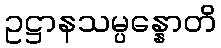
ဥဋ္ဌာနသမ္ပန္နောတိ